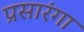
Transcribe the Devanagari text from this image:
प्रसारंगा